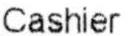
CASHIER